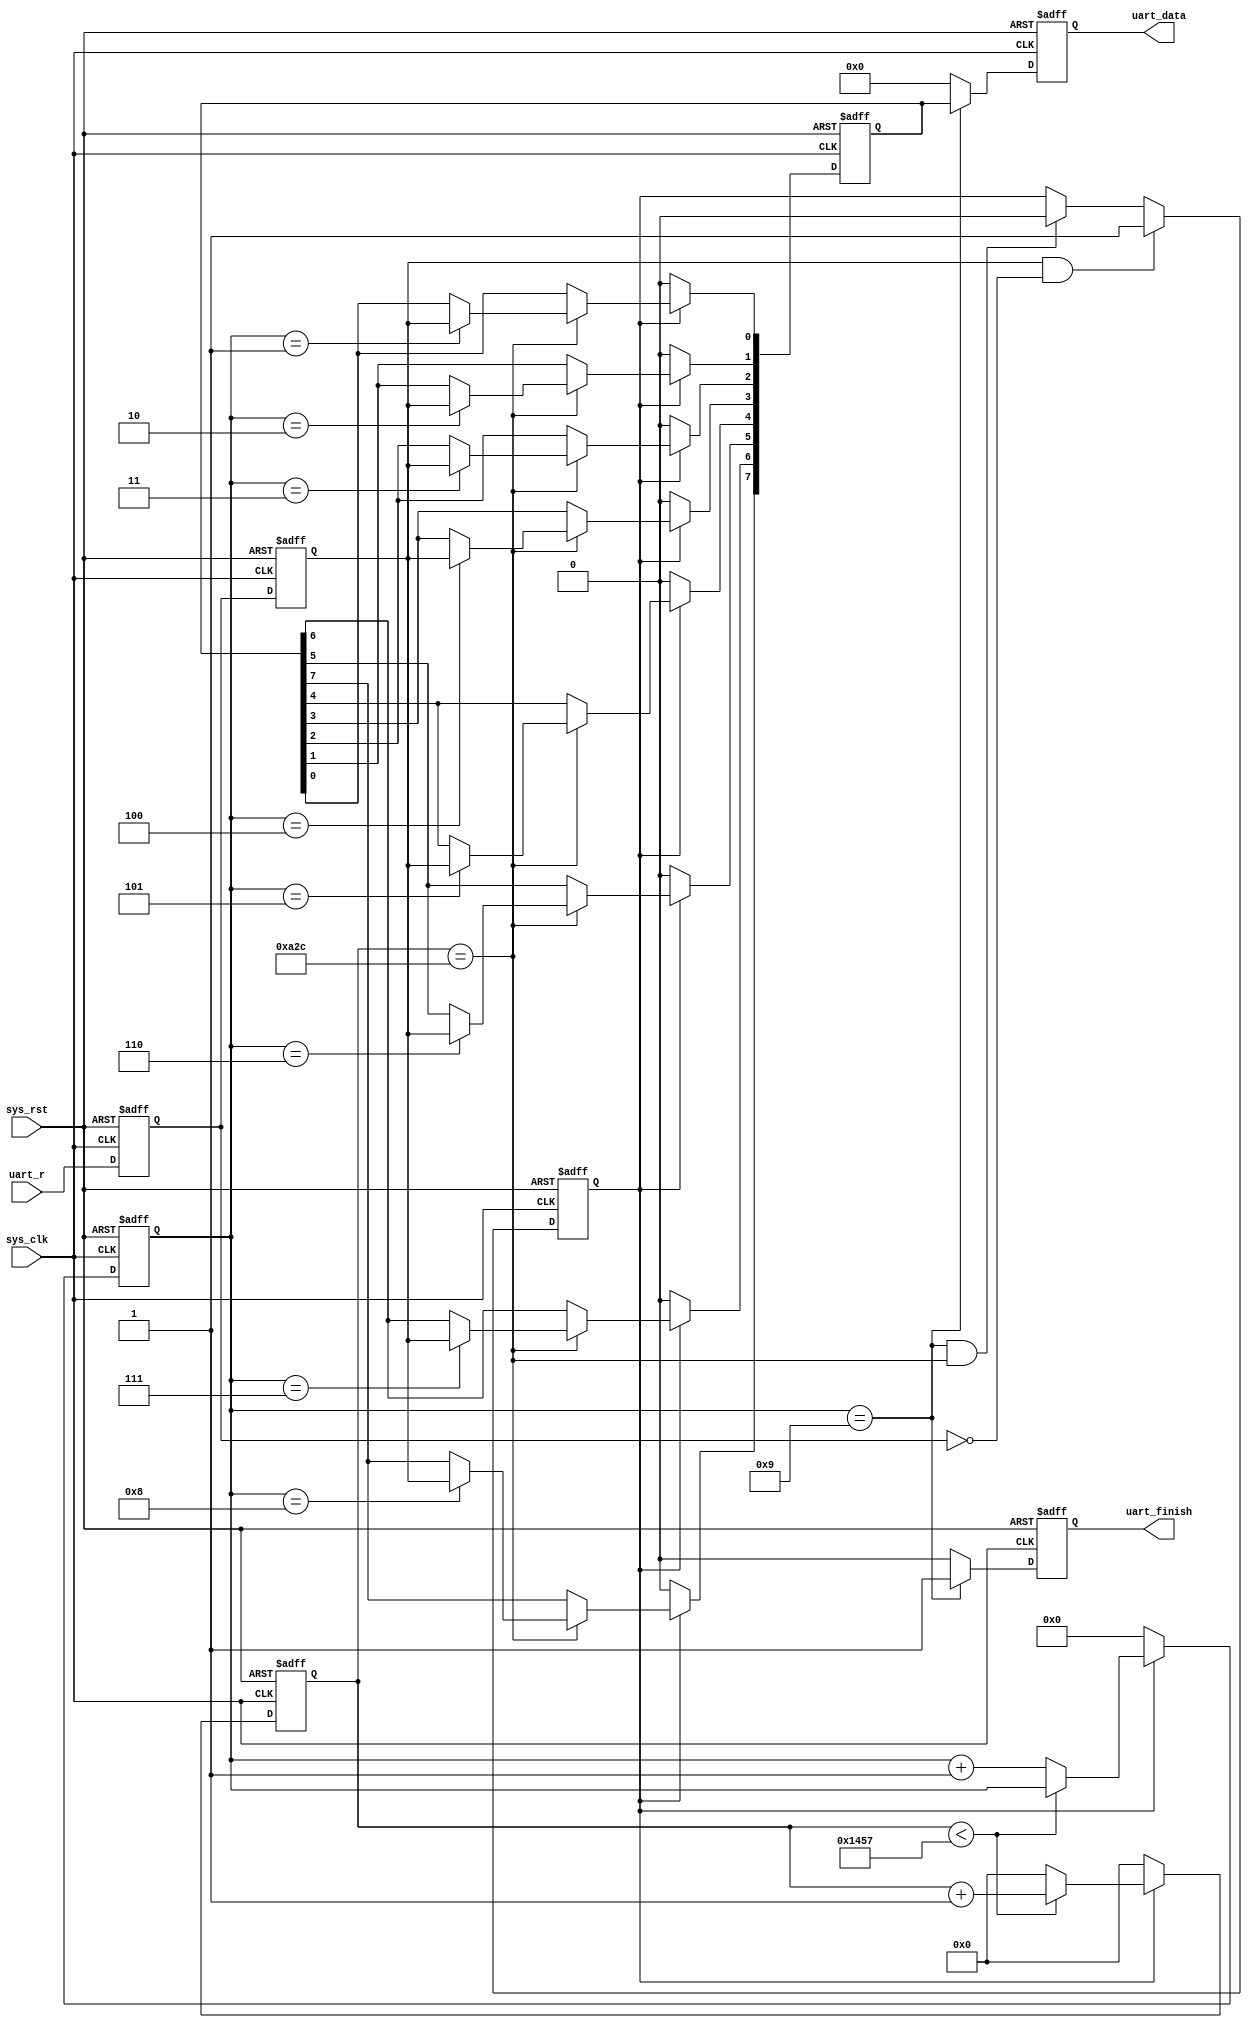
module uart_receive (
	input				sys_clk,
	input				sys_rst,
	input          uart_r,  //uart receive interface
	
	output    reg         uart_finish,  //to tell the sender that a frame has been fully received
	output    reg  [7:0]  uart_data
);

//parameter define 
parameter CLK_FRE = 50000000;  //frequency of the system
parameter UART_BPS = 9600; //Bit rate of the interface
localparam BPS_CNT =CLK_FRE/UART_BPS;  //how many clock period per bit

//reg define
reg     [7:0]     data_r; //8 bit data signal in a frame. use to temporarily store the received data
reg               flag_r; //indicate receiving the signal
reg     [3:0]     count_data_r; //count how many data received. 1'd8=4'b1000, thus 4 bits needed
reg     [15:0]    count_clk; //count the clock

reg               uart_r_0;
reg               uart_r_1; //uart_r_1 and 0 are used to detect edge of the input signal

//wire define
wire              start_flag; //signal indicating that an edge is detect and data transmission shall start

//*************************************************************
//                 main code
//*************************************************************
//the start_flag signal should be 1 when a negedge of the input signal is detected
//when the input signal is 0 at the moment and the signal in last two clk duration 
//is 1, the start flag should be one
assign  start_flag = uart_r_1 & (~uart_r_0); 

//delay the uart_r_1 signal as 2 clk duration
always @(posedge sys_clk or negedge sys_rst) begin
	if (!sys_rst)	begin
		uart_r_1 <= 1'b0;
		uart_r_0 <= 1'b0;
	end
	else begin
		uart_r_0 <= uart_r;
		uart_r_1 <= uart_r_0; //non blocking assignment uart_r_1 will be lagging
	end
end

always @(posedge sys_clk or negedge sys_rst) begin
	if (!sys_rst) begin
		flag_r <= 1'b0; //if rst pressed, the system is not receiving any signal
	end
	else begin
		if (start_flag == 1'b1) begin //if a falling edge is detected
			flag_r <= 1'b1; //start receiving
		end
		else if ((count_data_r == 4'd9)&&(count_clk==BPS_CNT/2)) //if 9 data is read and in the middle of this duration
			flag_r <= 1'b0;
		else
			flag_r <= flag_r;
	end
end

//when start reading, start counting the data bit number and the clk number
always @(posedge sys_clk or negedge sys_rst) begin
	if (!sys_rst) begin
		count_clk <= 16'd0;
		count_data_r <= 4'd0; //reset the counter
	end
	else if (flag_r == 1'b1) begin
		if(count_clk < BPS_CNT-1) begin //still receiving
			count_clk <= count_clk + 1'b1;
			count_data_r <= count_data_r;  //receiving this bit
			//the first falling edge is the start signal so count_data_r does not have to recive data
		end
		else begin
			count_clk <= 16'd0;
			count_data_r <= count_data_r + 1;// receiving next data
		end
	end
	else begin //not receiving
		count_clk <= 16'd0;
		count_data_r <= 4'd0; //reset the counter
	end
end

//receive the signal and store it in a register (signal data_r)
always @(posedge sys_clk or negedge sys_rst) begin
	if (!sys_rst)
		data_r <= 8'b0;  //reset the register 
	else if (flag_r) //if receiving
		if (count_clk == BPS_CNT/2) begin //the data will be most stable in the middle time of the bit
			case (count_data_r) //in which bit reciving?
				4'd1  :   data_r [0] <= uart_r_1; //start from 4'd1, 4'd0 is start bit and no data transmitted.
				4'd2  :   data_r [1] <= uart_r_1;
				4'd3  :   data_r [2] <= uart_r_1;
				4'd4  :   data_r [3] <= uart_r_1;
				4'd5  :   data_r [4] <= uart_r_1;
				4'd6  :   data_r [5] <= uart_r_1;
				4'd7  :   data_r [6] <= uart_r_1;
				4'd8  :   data_r [7] <= uart_r_1;
				default:;
			endcase
		end
		else data_r <= data_r;
	else
		data_r <= 8'b0; //clear signal if not receiving
end

//after receiving the signal, pump it to the output
always @(posedge sys_clk or negedge sys_rst) begin
	if (!sys_rst) begin
		uart_data <= 8'd0;
		uart_finish <= 1'd0; 
	end
	else if (count_data_r == 4'd9) begin //if end reading a frame
		uart_data <= data_r; //assign the signal to the output
		uart_finish <= 1'd1; //indicates that a frame is read
	end
	else begin
		uart_data <= 8'd0;
		uart_finish <= 1'd0; //no data and no enable signal output
	end
end

endmodule